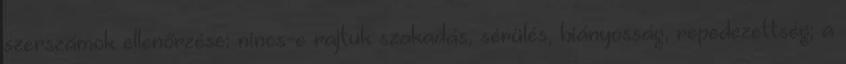
szerszámok ellenőrzése: nincs-e rajtuk szakadás, sérülés, hiányosság, repedezettség; a